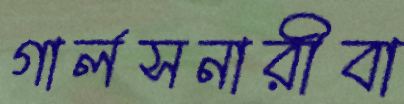
গার্লসনারীবা